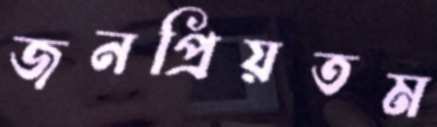
জনপ্রিয়তম